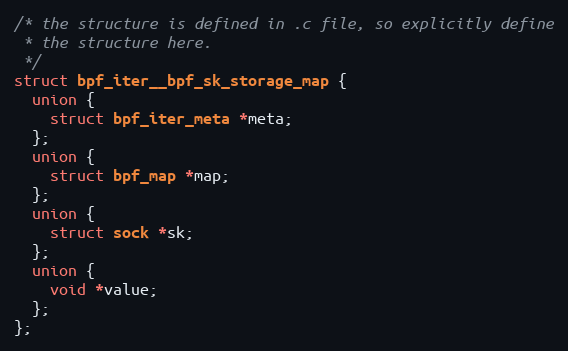
Language: C++
/* the structure is defined in .c file, so explicitly define
 * the structure here.
 */
struct bpf_iter__bpf_sk_storage_map {
  union {
    struct bpf_iter_meta *meta;
  };
  union {
    struct bpf_map *map;
  };
  union {
    struct sock *sk;
  };
  union {
    void *value;
  };
};